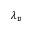
\lambda _ { p }